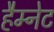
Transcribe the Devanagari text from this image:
हैम्नेट